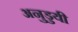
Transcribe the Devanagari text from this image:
अनुडुयी